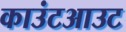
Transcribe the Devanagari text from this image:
काउंटआउट